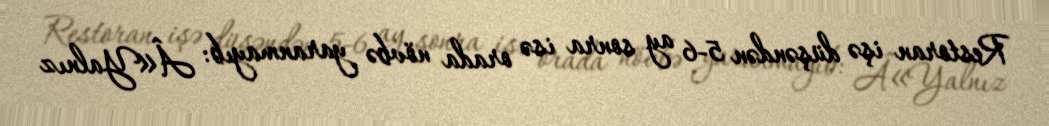
Restoran işə düşəndən 5-6 ay sonra isə orada növbə yaranmayıb: Â«Yalnız